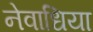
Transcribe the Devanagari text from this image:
नेवाधिया